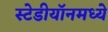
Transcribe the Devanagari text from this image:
स्टेडीयॉनमध्ये